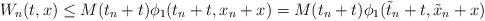
LaTeX: \begin{align*}W_n(t,x)\leq M(t_n+t)\phi_1(t_n+t,x_n+x)=M(t_n+t)\phi_1(\tilde t_n+t,\tilde x_n+x)\end{align*}